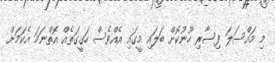
މި މައްސަލަ ފިސާރި ހޫނުކޮށް ބަލައި މީގައި އެއްވެސް ހަގީގަތެއް އޮތްނަމަ އެކަމަށް